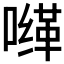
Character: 𰈮